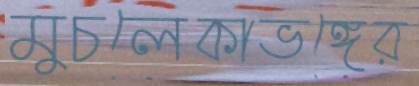
মুচলেকাভঙ্গের